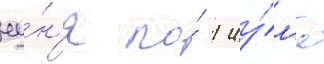
иу́н'я по́ 1 иу́л'я